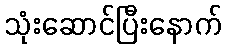
သုံးဆောင်ပြီးနောက်